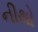
નીથો